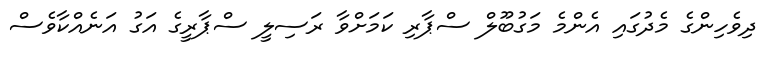
ދިވެހިންގެ މެދުގައި އެންމެ މަގުބޫލް ސްޕާރި ކަމަށްވާ ރަސިލީ ސްޕާރީގެ އަގު އަނެއްކާވެސް